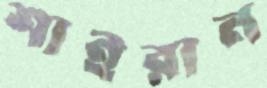
শাইরান